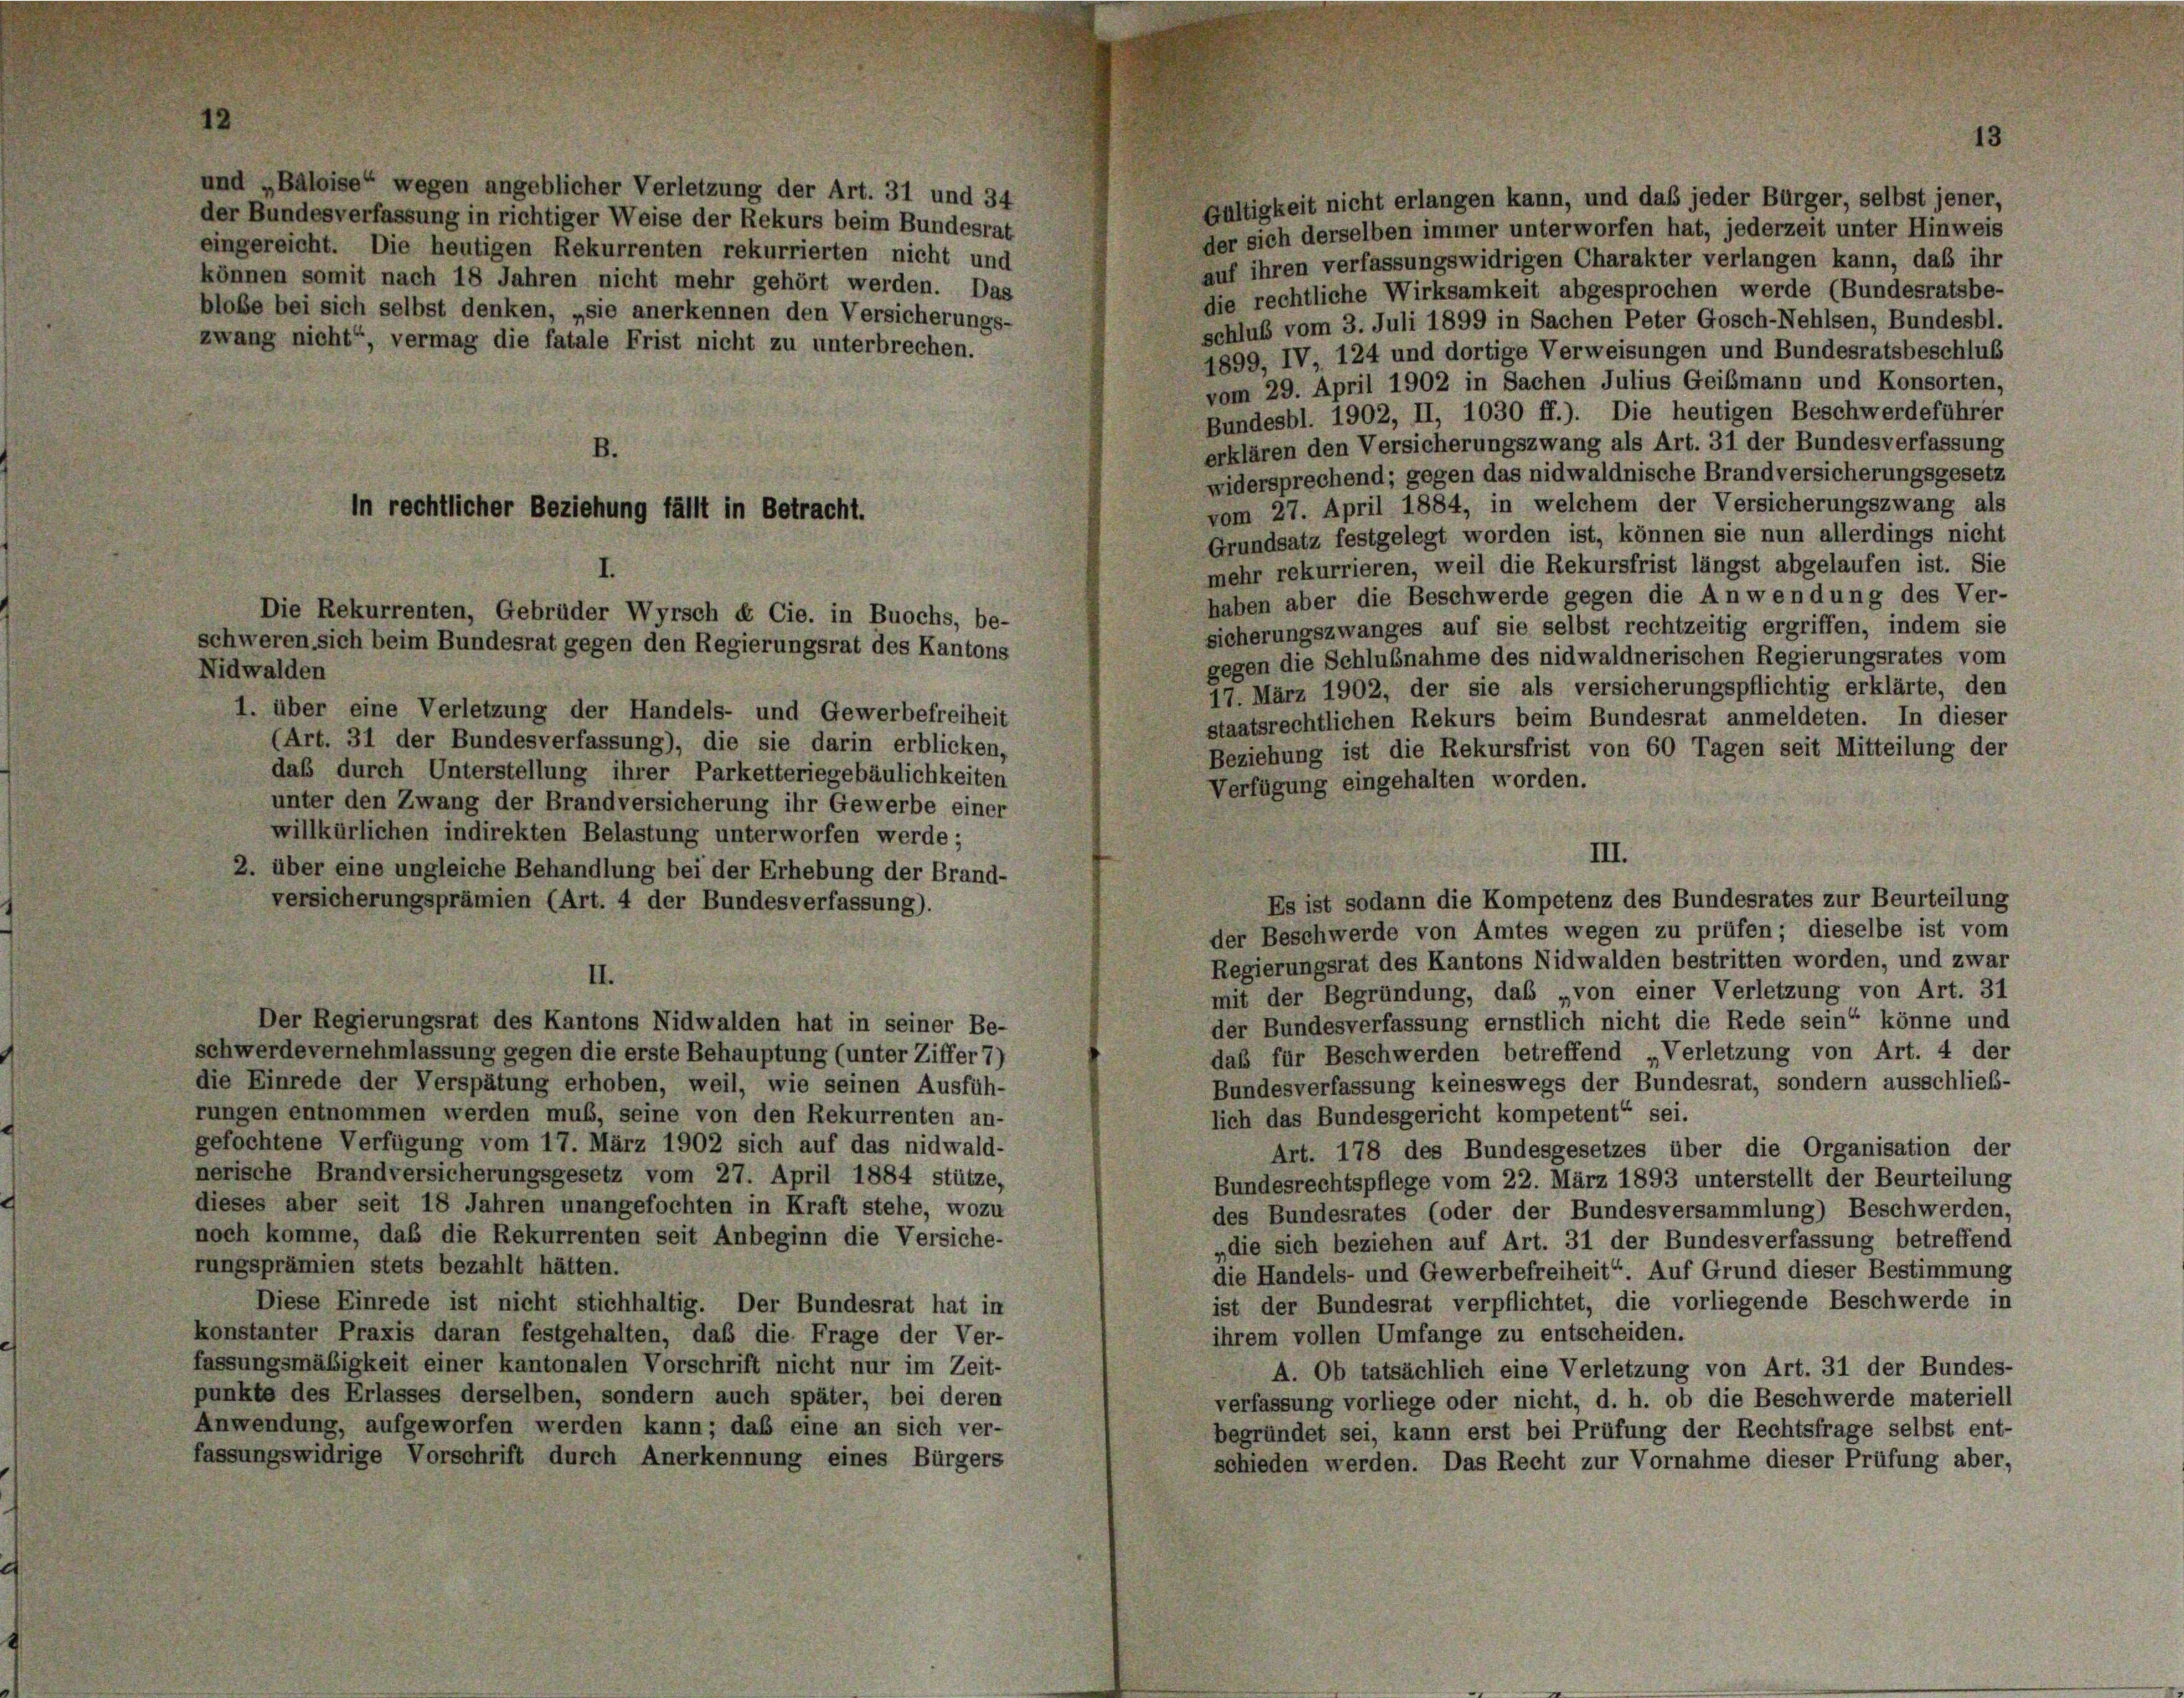
und „Baloise“ wegen angeblicher Verletzung der Art. 31 und 34
der Bundesverfassung in richtiger Weise der Rekurs beim Bundesrat
eingereicht. Die heutigen Rekurrenten rekurrierten nicht und
können somit nach 18 Jahren nicht mehr gehört werden. Das
blobe bei sich selbst denken, „sie anerkennen den Versicherungs-
zwang nicht“, vermag die fatale Frist nicht zu unterbrechen.
B.

der sich derselben immer unterworfen hat, jederzeit unter Hinweis
auf ihren verfassungswidrigen Charakter verlangen kann, daß ihr
die rechtliche Wirksamkeit abgesprochen werde (Bundesratsbe-
schluß vom 3. Juli 1899 in Sachen Peter Gosch-Nehlsen, Bundesbl.
1899, IV, 124 und dortige Verweisungen und Bundesratsbeschlus
vom 29. April 1902 in Sachen Julius Geißmann und Konsorten,
Bundesbl. 1902, II, 1030 ff.). Die heutigen Beschwerdeführer
erklären den Versicherungszwang als Art. 31 der Bundesverfassung
widersprechend; gegen das nidwaldnische Brandversicherungsgesetz
vom 27. April 1884, in welchem der Versicherungszwang als
Grundsatz festgelegt worden ist, können sie nun allerdings nicht
mehr rekurrieren, weil die Rekursfrist längst abgelaufen ist. Sie
haben aber die Beschwerde gegen die Anwendung des Ver
sicherungszwanges auf sie selbst rechtzeitig ergriffen, indem sie
gegen die Schlußnahme des nidwaldnerischen Regierungsrates von
Nidwalden
17. März 1902, der sie als versicherungspflichtig erklärte, der
1. über eine Verletzung der Handels- und Gewerbefreiheit
staatsrechtlichen Rekurs beim Bundesrat anmeldeten. In dieses
(Art. 31 der Bundesverfassung), die sie darin erblicken,
Beziehung ist die Rekursfrist von 60 Tagen seit Mitteilung der
daß durch Unterstellung ihrer Parketteriegebäulichkeiten
Verfügung eingehalten worden.
unter den Zwang der Brandversicherung ihr Gewerbe einer
willkürlichen indirekten Belastung unterworfen werde;
III.
2. über eine ungleiche Behandlung bei der Erhebung der Brand-
Es ist sodann die Kompetenz des Bundesrates zur Beurteilung
versicherungsprämien (Art. 4 der Bundesverfassung).
der Beschwerde von Amtes wegen zu prüfen; dieselbe ist von
Regierungsrat des Kantons Nidwalden bestritten worden, und zwai
II.
mit der Begründung, das „von einer Verletzung von Art. 31
Der Regierungsrat des Kantons Nidwalden hat in seiner Be-
der Bundesverfassung ernstlich nicht die Rede sein“ könne und
schwerde vernehmlassung gegen die erste Behauptung (unter Ziffer 7)
daß für Beschwerden betreffend „Verletzung von Art. 4 de
die Einrede der Verspätung erhoben, weil, wie seinen Ausfüh-
Bundesverfassung keineswegs der Bundesrat, sondern ausschließ
rungen entnommen werden muß, seine von den Rekurrenten an-
lich das Bundesgericht kompetent“ sei.
gefochtene Verfügung vom 17. März 1902 sich auf das nidwald-
Art. 178 des Bundesgesetzes über die Organisation des
nerische Brandversicherungsgesetz vom 27. April 1884 stütze,
Bundesrechtspflege vom 22. März 1893 unterstellt der Beurteilung
dieses aber seit 18 Jahren unangefochten in Kraft stehe, wozu
des Bundesrates (oder der Bundesversammlung) Beschwerden
noch komme, daß die Rekurrenten seit Anbeginn die Versiche-
„die sich beziehen auf Art. 31 der Bundesverfassung betreffen,
rungsprämien stets bezahlt hätten.
die Handels- und Gewerbefreiheit“. Auf Grund dieser Bestimmung
ist der Bundesrat verpflichtet, die vorliegende Beschwerde in
Diese Einrede ist nicht stichhaltig. Der Bundesrat hat in
konstanter Praxis daran festgehalten, daß die Frage der Ver-
ihrem vollen Umfange zu entscheiden.
fassungsmäßigkeit einer kantonalen Vorschrift nicht nur im Zeit-
A. Ob tatsächlich eine Verletzung von Art. 31 der Bundes
punkte des Erlasses derselben, sondern auch später, bei deren
verfassung vorliege oder nicht, d. h. ob die Beschwerde materiel
Anwendung, aufgeworfen werden kann; daß eine an sich ver-
begründet sei, kann erst bei Prüfung der Rechtsfrage selbst ent
fassungswidrige Vorschrift durch Anerkennung eines Bürgers
schieden werden. Das Recht zur Vornahme dieser Prüfung aber

in rechtlicher Beziehung fällt in Betracht.

Die Rekurrenten, Gebrüder Wyrsch & Cie. in Buochs, be-
schweren sich beim Bundesrat gegen den Regierungsrat des Kantons